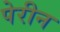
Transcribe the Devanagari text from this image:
पेरीन